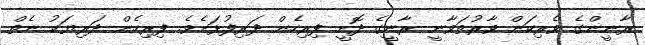
ރާނީންގެ ވެރިކަން ވާރުތަވާނީ ރާނީގެ ދޮށީ ފިރިހެން ދަރިފުޅަށެވެ. ފިރިހެން ދަރިޔަކު ނެތް